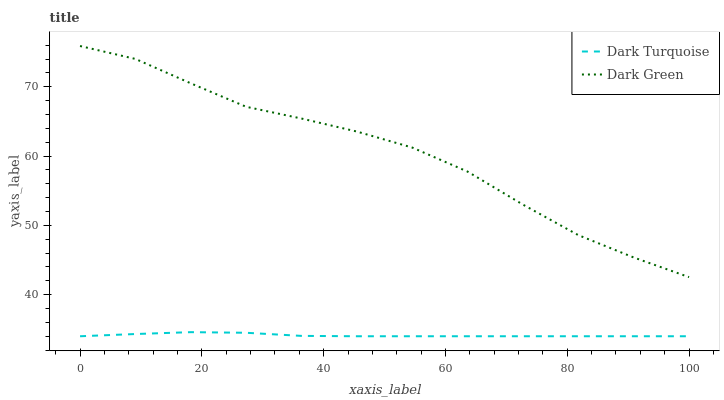
| xaxis_label | Dark Turquoise | Dark Green |
 | --- | --- | --- |
 | 0 | 34 | 75.9 |
 | 9.09 | 34.3 | 74 |
 | 18.2 | 34.6 | 70.5 |
 | 27.3 | 34.5 | 67.1 |
 | 36.4 | 34.1 | 65.4 |
 | 45.5 | 34 | 63.5 |
 | 54.5 | 34 | 61.2 |
 | 63.6 | 34 | 57.8 |
 | 72.7 | 34 | 53 |
 | 81.8 | 34 | 48.6 |
 | 90.9 | 34 | 45.4 |
 | 100 | 34 | 42.5 |